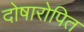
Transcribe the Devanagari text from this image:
दोषारोपित